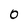
Character: 0